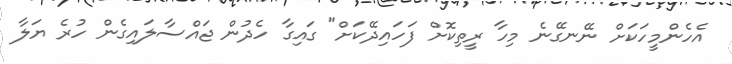
އެހެންމީހަކަށް ނޭނގޭނެ މިހާ ރީތިކޮށް ފަހައިދޭކަށް" ގައިގާ ހެދުން ޖައްސާލައިގެން ހުރެ ޔަލާ